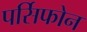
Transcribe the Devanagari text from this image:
पर्सिफोन